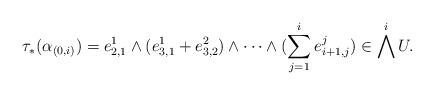
LaTeX: \begin{gather*} \tau_* (\alpha_{(0,i)})= e_{2,1}^{1} \wedge (e_{3,1}^{1}+e_{3,2}^2) \wedge \cdots \wedge (\sum_{j=1}^i e_{i+1,j}^{j}) \in \bigwedge^{i} U. \end{gather*}